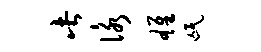
此咏雄氓